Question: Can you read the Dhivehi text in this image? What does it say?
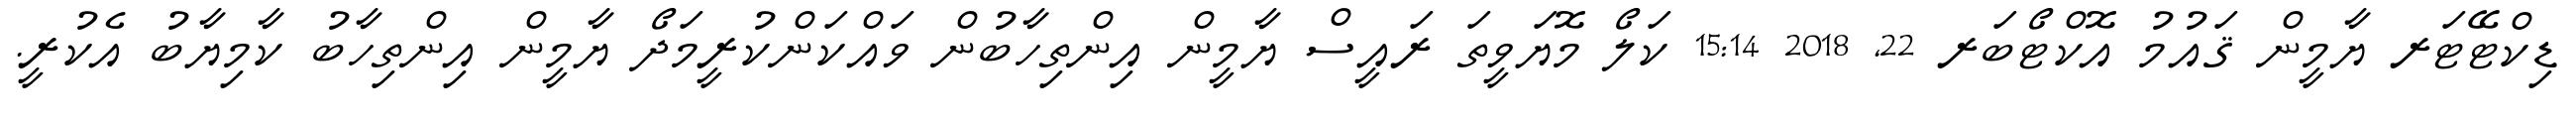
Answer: ޑިކްޓޭޓަރ ޔާމީން ޤައުމު އޮކްޓޯބަރ 22, 2018 15:14 ކަލޯ މޮޔަވީތަ ރައީސް ޔާމީން އިންތިހާބުން ވައްކަންކުރީމަދޯ ޔާމީން އިންތިހާބު ކާމިޔާބު އެކުރީ.